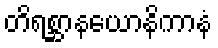
တိရစ္ဆာနယောနိကာနံ